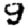
Digit: 9